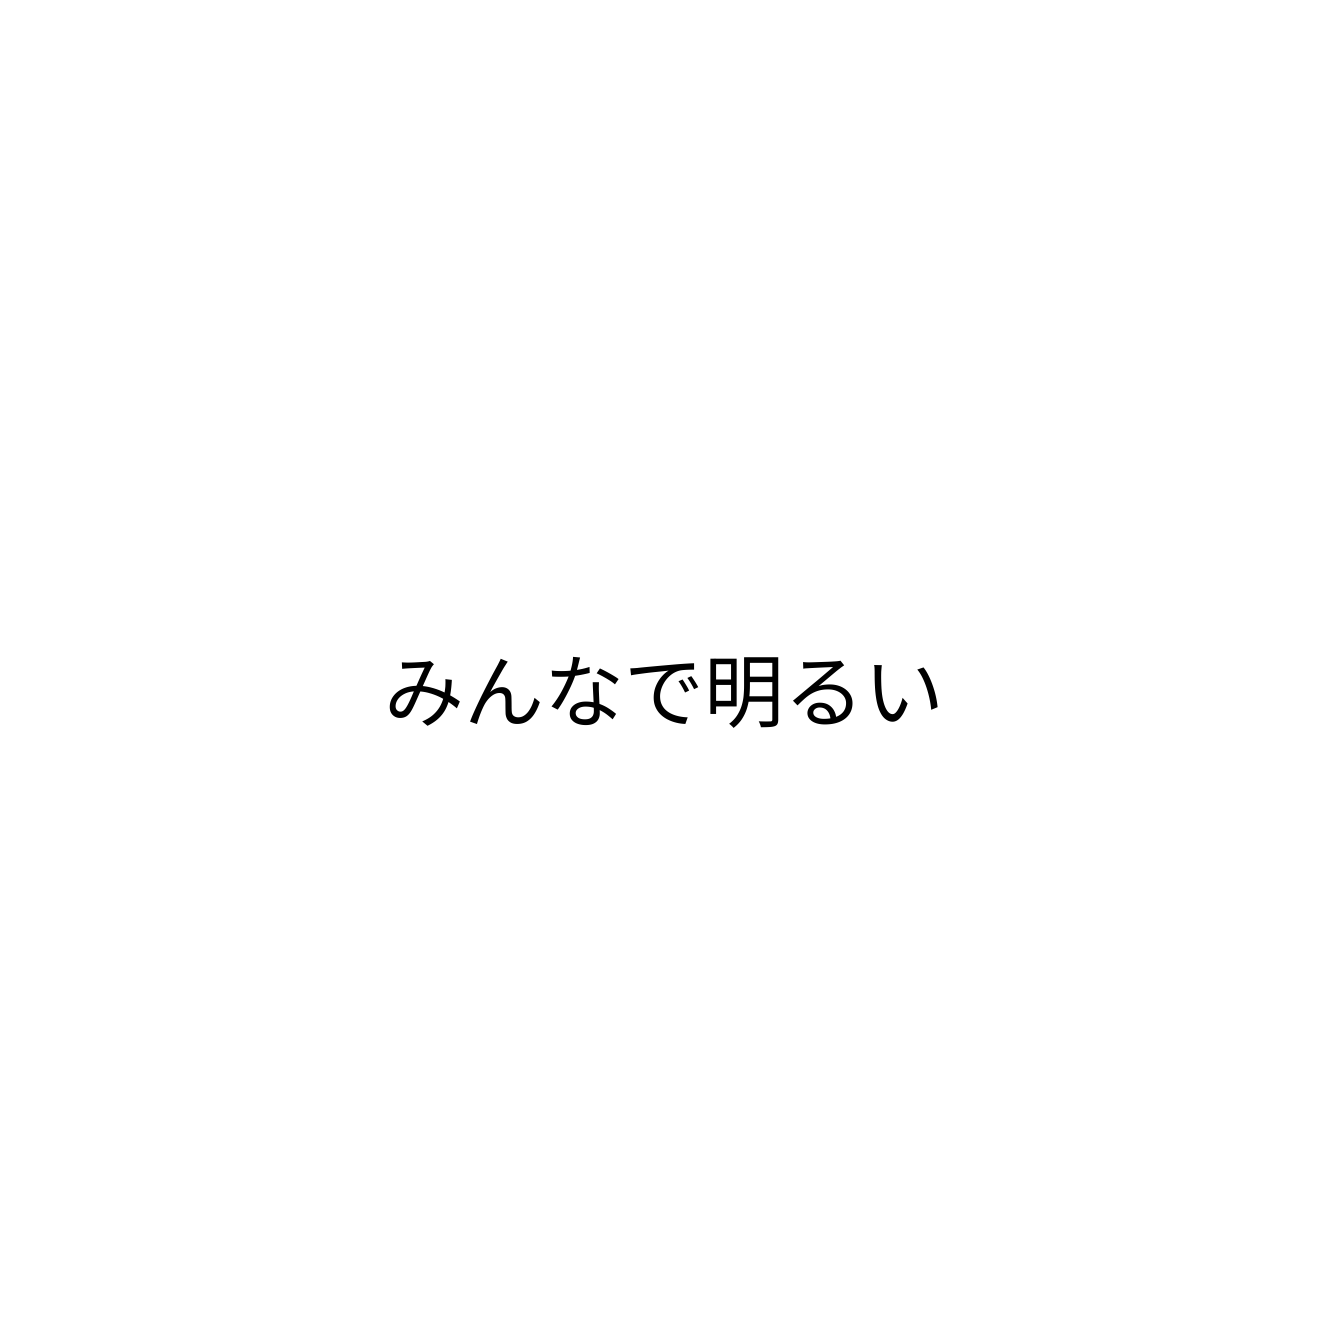
みんなで明るい